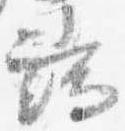
端